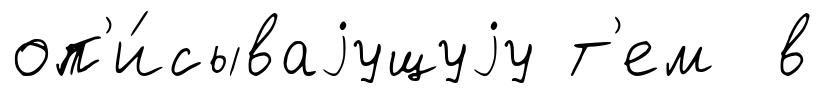
оп'и́сываjущуjу т'ем в